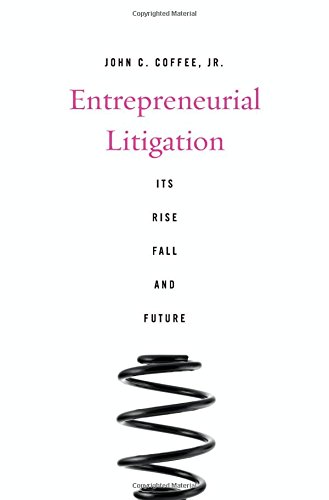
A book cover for Entrepreneurial Litigation: Its Rise, Fall, and Future; John C. Coffee Jr.; Law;